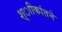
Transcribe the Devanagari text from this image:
श्ाीकांतने